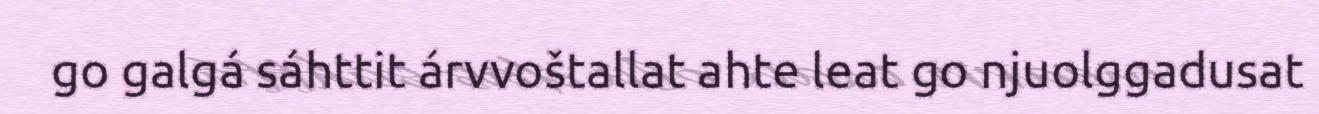
go galgá sáhttit árvvoštallat ahte leat go njuolggadusat